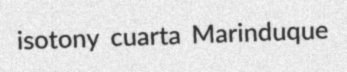
isotony cuarta Marinduque